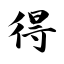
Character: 得